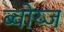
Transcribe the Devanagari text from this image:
ब्वोय्ज